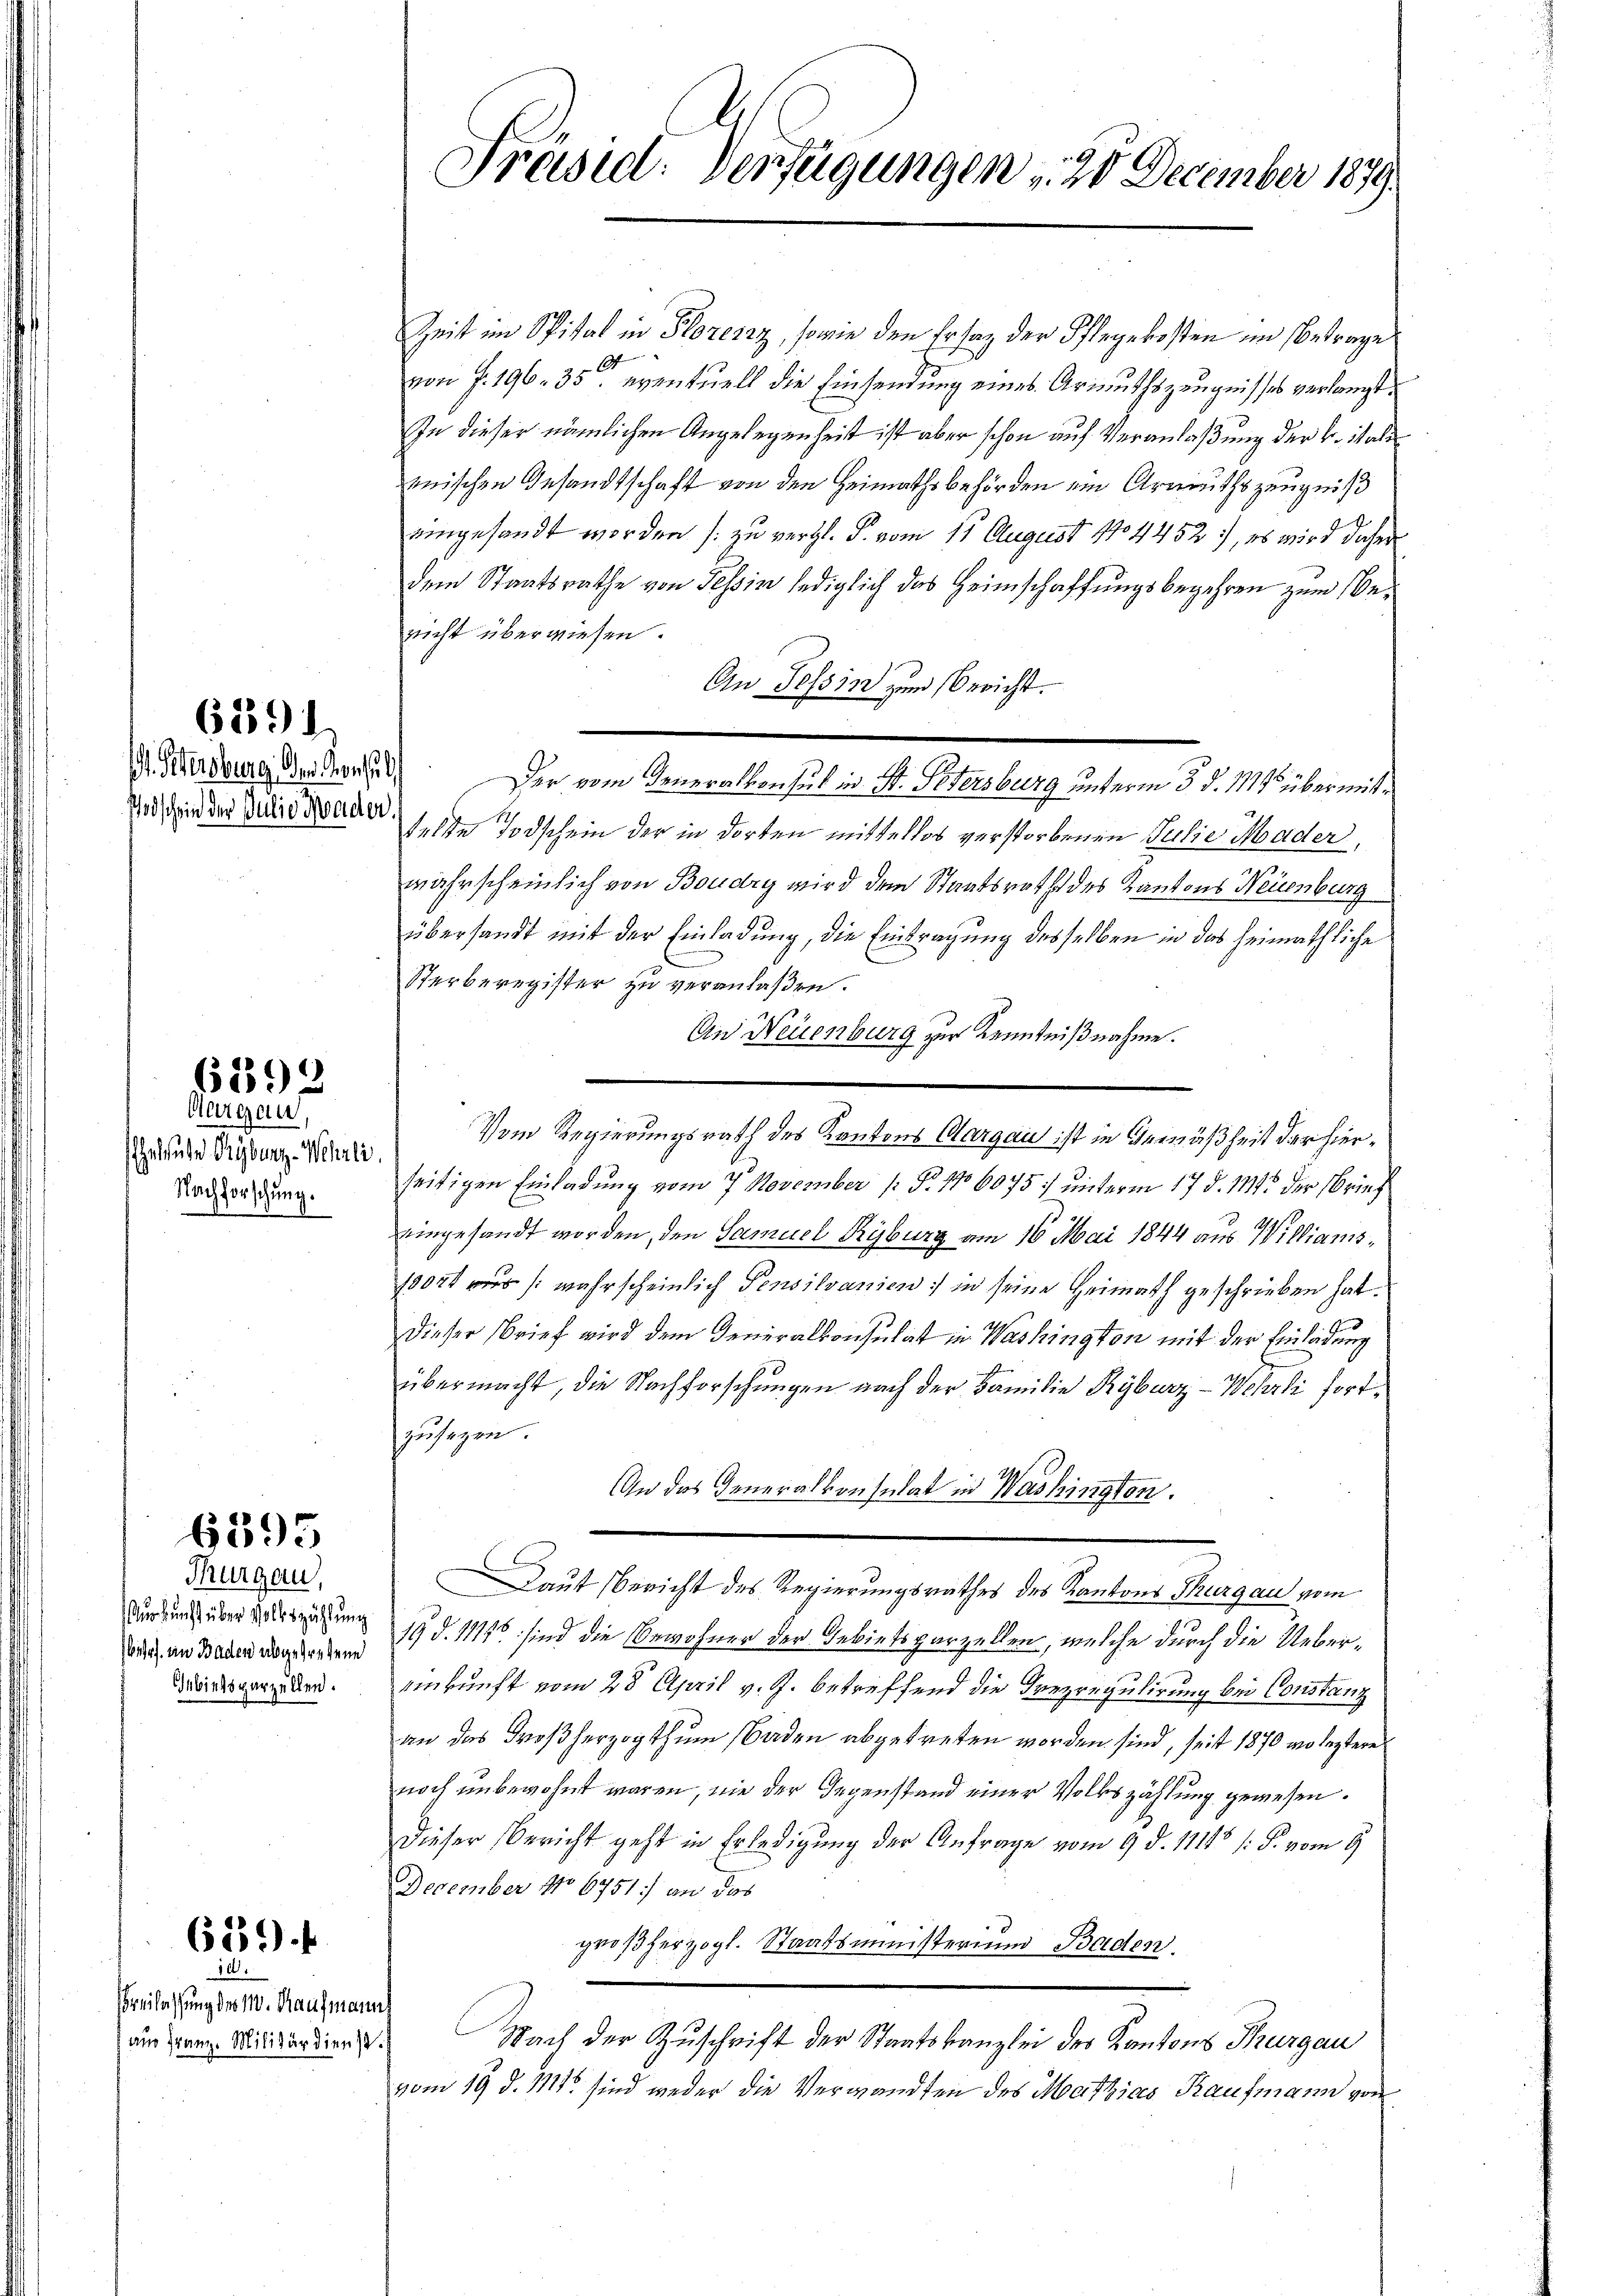
. Petersburg, der Konse
odschein der Julie sonder

6292

Aargau,
Eheleuche Seyburg - Wehrli
Nachforschung.

6395

Thurgau,
urkunft über Volkszählung
betr. in Baden abgeredene
Gebietsverzellen.

659 f

6391

10.
oreilassung des 110. Kaufmannt
aus Franz-Militärdienst.

Präsid. Verfügungen , 20 December 1879.

Zeit im Spital in Florenzz, sowie den Ersaz der Pflegekosten im Betrage
187
von f. 196. 35. eventuell die Einsendung eines Armuthszeugnisses verlangt,
In dieser nämlichen Angelegenheit ist aber schon auf Veranlaßung der k. itali
enischen Gesandtschaft von den Heimathsbehörden ein Armuthszeugniß
eingesandt worden (: zu vergl. P. vom 11. August 1704452, es wird daher
dem Staatsrathe von Tessin lediglich das Heimschaffungsbegehren zum Bericht überwiesen.
An Tessin zum Bericht.
Der vom Generalkon sub in St. Petersburg unterm 3. d. 115 übermitselte Todschein der in dorten mittellos verstorbenen Julie Mader,
m
wahrscheinlich von Boudry wird dem Staatsrath des Kantons Neuenburg
übersandt mit der Einladung, die Eintragung desselben in das heimathliche
Sterberegister zu veranlaßen.
An Neuenburg zur Kenntnißnahme.
Vom Regierungsrath des Kantons Aargau ist in Gemäßheit der hierseitigen Einladung vom 7. November 1 Fr. 176075 :/ unterm 17. d. 114. der Brief
eingesandt worden, den Samuel Ryburg am 16. Mai 1844 aus Willians¬
1000 aus /: wahrscheinlich Pensilvanien in seine Heimath geschrieben hat.
dieser Brief wird dem Generalkonsulat in Washington mit der Einladung
übermacht, die Nachforschungen nach der Familie Kyburg - Wehrli fortzusagen.
n das Generalkonsulat in Washington.
Laut Bericht des Regierungsrathes des Kantons Thurgau vom
19 d. 11156 sind die Bewohner der Gebietsparzellen, welche durch die Uebereinkunft vom 28. April v. J. betreffend die Trezregulirung bei Constanz
an das Großherzogthum Baden abgetreten worden sind, seit 1870 wo leztere
noch unbewohnt waren, nie der Gegenstand einer Volkszählung gewesen.
Dieser Bericht geht in Erledigung der Anfrage vom 9. d. 11115 /: F. vom 9.
December No 6751) an das
großherzogl. Staatsministerium Baden.
Nach der Zuschrift der Staatskanzlei der Kantons Thurgau
vom 19. d. 111. sind weder die Verwandten des Mathias Kaufmann von